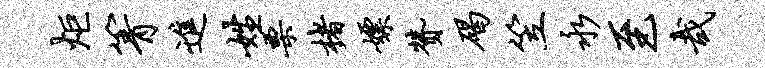
炬箐进姓栗楮嫖赞碣笠永至哉